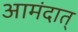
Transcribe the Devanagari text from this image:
आमंदात्‌